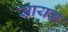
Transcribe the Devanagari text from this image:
सायक